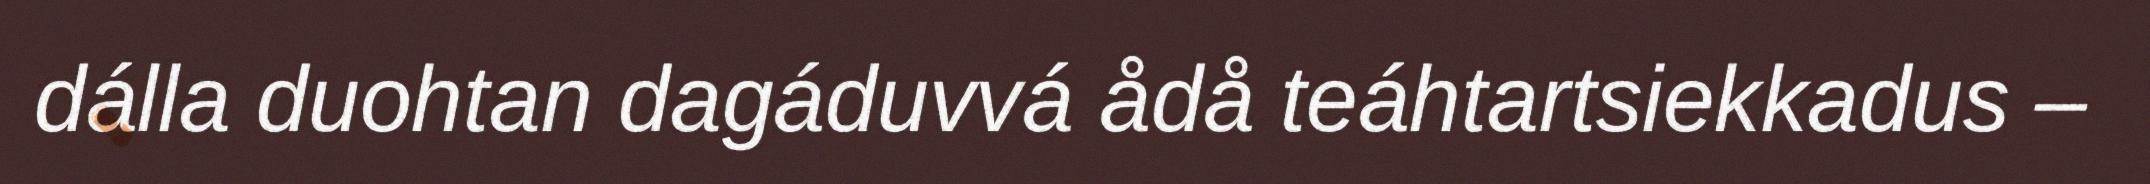
dálla duohtan dagáduvvá ådå teáhtartsiekkadus –